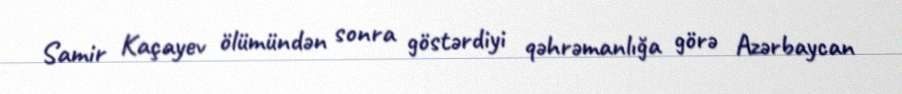
Samir Kaçayev ölümündən sonra göstərdiyi qəhrəmanlığa görə Azərbaycan